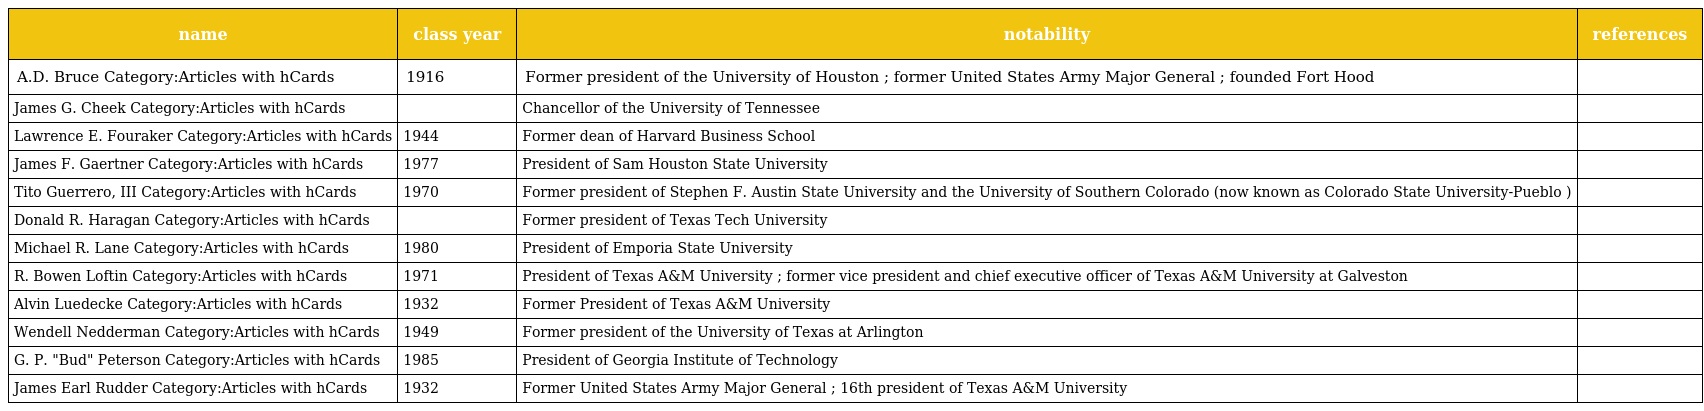
| name | class year | notability | references |
 | --- | --- | --- | --- |
 | A.D. Bruce Category:Articles with hCards | 1916 | Former president of the University of Houston ; former United States Army Major General ; founded Fort Hood |  |
 | James G. Cheek Category:Articles with hCards |  | Chancellor of the University of Tennessee |  |
 | Lawrence E. Fouraker Category:Articles with hCards | 1944 | Former dean of Harvard Business School |  |
 | James F. Gaertner Category:Articles with hCards | 1977 | President of Sam Houston State University |  |
 | Tito Guerrero, III Category:Articles with hCards | 1970 | Former president of Stephen F. Austin State University and the University of Southern Colorado (now known as Colorado State University-Pueblo ) |  |
 | Donald R. Haragan Category:Articles with hCards |  | Former president of Texas Tech University |  |
 | Michael R. Lane Category:Articles with hCards | 1980 | President of Emporia State University |  |
 | R. Bowen Loftin Category:Articles with hCards | 1971 | President of Texas A&M University ; former vice president and chief executive officer of Texas A&M University at Galveston |  |
 | Alvin Luedecke Category:Articles with hCards | 1932 | Former President of Texas A&M University |  |
 | Wendell Nedderman Category:Articles with hCards | 1949 | Former president of the University of Texas at Arlington |  |
 | G. P. "Bud" Peterson Category:Articles with hCards | 1985 | President of Georgia Institute of Technology |  |
 | James Earl Rudder Category:Articles with hCards | 1932 | Former United States Army Major General ; 16th president of Texas A&M University |  |